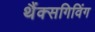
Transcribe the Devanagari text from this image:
थैंक्‍सगिविंग